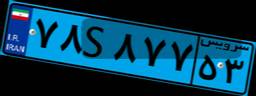
۷۸S۸۷۷۵۳